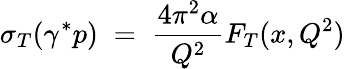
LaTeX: \sigma_{T}(\gamma^{*}p)\; =\; \frac{4\pi^{2}\alpha}{Q^{2}}F_{T}(x,Q^{2})